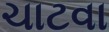
ચાટવા